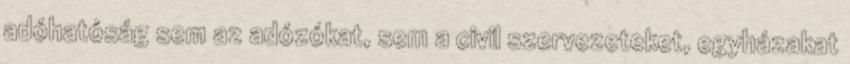
adóhatóság sem az adózókat, sem a civil szervezeteket, egyházakat